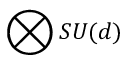
\bigotimes S U ( d )